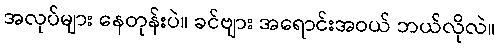
အလုပ်များ နေတုန်းပဲ။ ခင်ဗျား အရောင်းအဝယ် ဘယ်လိုလဲ။